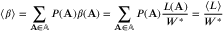
\langle \beta \rangle = \sum _ { \mathbf { A } \in \mathbb { A } } P ( \mathbf { A } ) \beta ( \mathbf { A } ) = \sum _ { \mathbf { A } \in \mathbb { A } } P ( \mathbf { A } ) \frac { L ( \mathbf { A } ) } { W ^ { * } } = \frac { \langle L \rangle } { W ^ { * } }